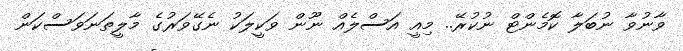
ވާނުވާ ނުބަލާ ކޮމެންޓް ނުކުރޭ.. މިއީ އަސްލެއް ނޫން ވަކީލަކު ނެގޭވަރުގެ މާލީތަނަވަސްކަން